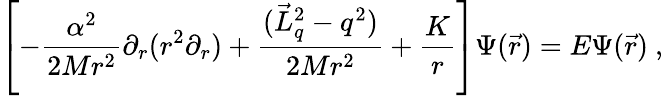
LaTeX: \left[-\frac{\alpha^{2}}{2Mr^{2}}\partial_{r}(r^{2}\partial_{r})+\frac{(\vec{L}_{q}^{2}-q^{2})}{2Mr^{2}}+\frac Kr\right]\Psi(\vec{r})=E\Psi(\vec{r})\ ,